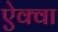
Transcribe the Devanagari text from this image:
ऐक्वा